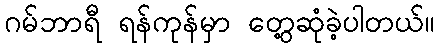
ဂမ်ဘာရီ ရန်ကုန်မှာ တွေ့ဆုံခဲ့ပါတယ်။